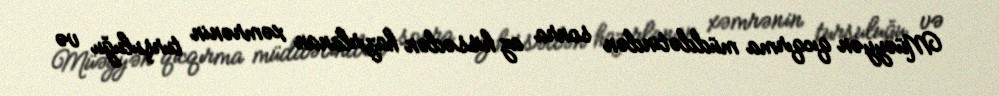
Müəyyən qıcqırma müddətindən sonra az hissədən hazırlanan xəmrənin turşuluğu və